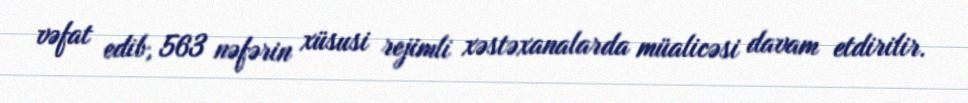
vəfat edib, 563 nəfərin xüsusi rejimli xəstəxanalarda müalicəsi davam etdirilir.